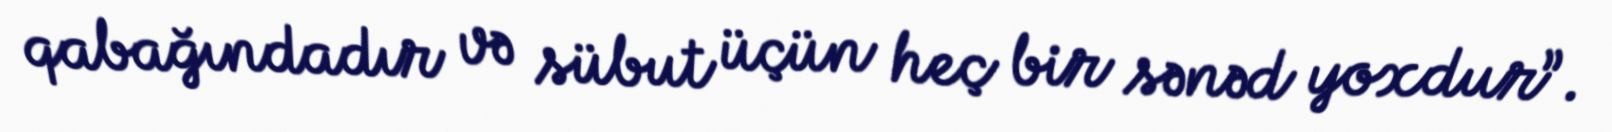
qabağındadır və sübut üçün heç bir sənəd yoxdur”.